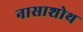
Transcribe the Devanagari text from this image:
नासाशोथ